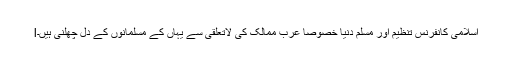
lاسلامی کانفرنس تنظیم اور مسلم دنیا خصوصاً عرب ممالک کی لاتعلقی سے یہاں کے مسلمانوں کے دل چھلنی ہیں۔